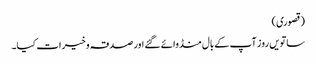
(قصوری)
ساتویں روز آپ کے بال منڈوائے گئے اور صدقہ وخیرات کیا۔